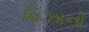
વિઝાનો